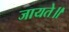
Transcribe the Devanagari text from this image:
जायते॥